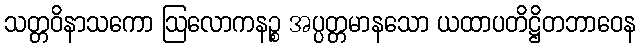
သတ္တဝိနာသကော ဩလောကနဉ္စ အပ္ပတ္တမာနသော ယထာပတိဋ္ဌိတဘာဝေန